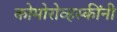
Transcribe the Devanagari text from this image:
कोमोरोव्हस्कींनी